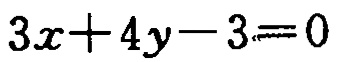
\(3x + 4y - 3 = 0\)